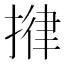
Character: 𢯰